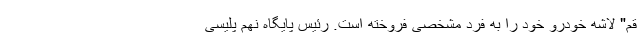
قم" لاشه خودرو خود را به فرد مشخصی فروخته است. رئیس پایگاه نهم پلیسی